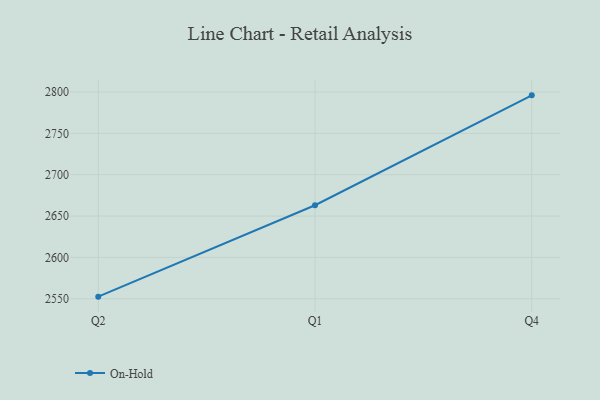
{"axis": {"x": "Quarter", "y": "Net Income (USD K)"}, "legend": ["On-Hold"], "data": [{"x": "Q2", "y": 2552.6, "type": "On-Hold"}, {"x": "Q1", "y": 2663.1, "type": "On-Hold"}, {"x": "Q4", "y": 2795.9, "type": "On-Hold"}]}